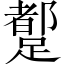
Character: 𲄆